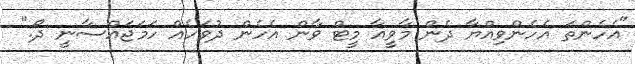
"އެހެންތަ އެހެންވިއްޔާ ދެން މާވީއާ މީޓް ވާން އެހެން ދުވަހެއް ހަމަޖައްސާނީ ދޯ."